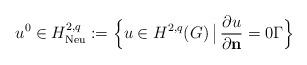
LaTeX: \begin{align*}u^{0} \in H^{2, q}_{\mathrm{Neu}} := \Big\{u \in H^{2, q}(G) \,\big|\, \frac{\partial u}{\partial \mathbf{n}} = 0 \Gamma\Big\}\end{align*}